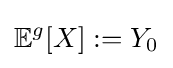
\mathbb {E} ^{g}[X]:=Y_{0}